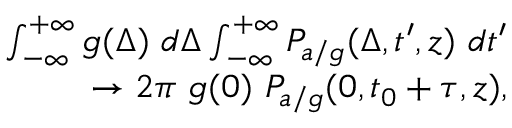
\begin{array} { r } { \int _ { - \infty } ^ { + \infty } g ( \Delta ) \ d \Delta \int _ { - \infty } ^ { + \infty } P _ { a / g } ( \Delta , t ^ { \prime } , z ) \ d t ^ { \prime } } \\ { \to 2 \pi \ g ( 0 ) \ P _ { a / g } ( 0 , t _ { 0 } + \tau , z ) , } \end{array}